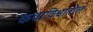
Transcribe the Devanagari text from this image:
कथाविश्वातील